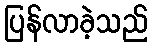
ပြန်လာခဲ့သည်